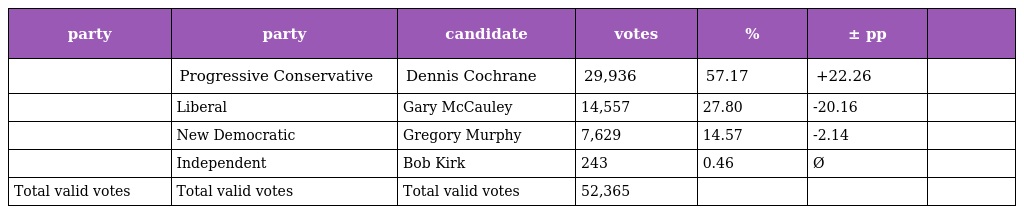
| party | party | candidate | votes | % | ± pp |  |
 | --- | --- | --- | --- | --- | --- | --- |
 |  | Progressive Conservative | Dennis Cochrane | 29,936 | 57.17 | +22.26 |  |
 |  | Liberal | Gary McCauley | 14,557 | 27.80 | -20.16 |  |
 |  | New Democratic | Gregory Murphy | 7,629 | 14.57 | -2.14 |  |
 |  | Independent | Bob Kirk | 243 | 0.46 | Ø |  |
 | Total valid votes | Total valid votes | Total valid votes | 52,365 |  |  |  |